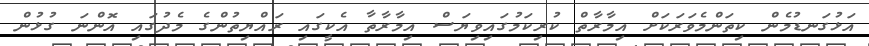
އަޅުގަނޑުމެން ކިތަންމެވަރަކަށް އިމާރާތް ކުރިކަމުގައިވިޔަސް އިމާރާތާ އެކީގައި ރައްޔިތުންގެ މެދުގައި އޮންނަ ގުޅުން